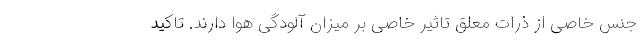
جنس خاصی از ذرات معلق تاثیر خاصی بر میزان آلودگی هوا دارند. تاکید